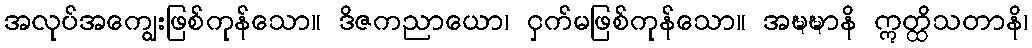
အလုပ်အကျွေးဖြစ်ကုန်သော။ ဒိဇကညာယော၊ ငှက်မဖြစ်ကုန်သော။ အဍ္ဎဍ္ဎာနိ ဣတ္ထိသတာနိ၊